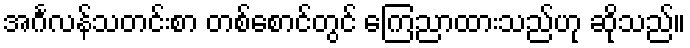
အင်္ဂလန်သတင်းစာ တစ်စောင်တွင် ကြေညာထားသည်ဟု ဆိုသည်။